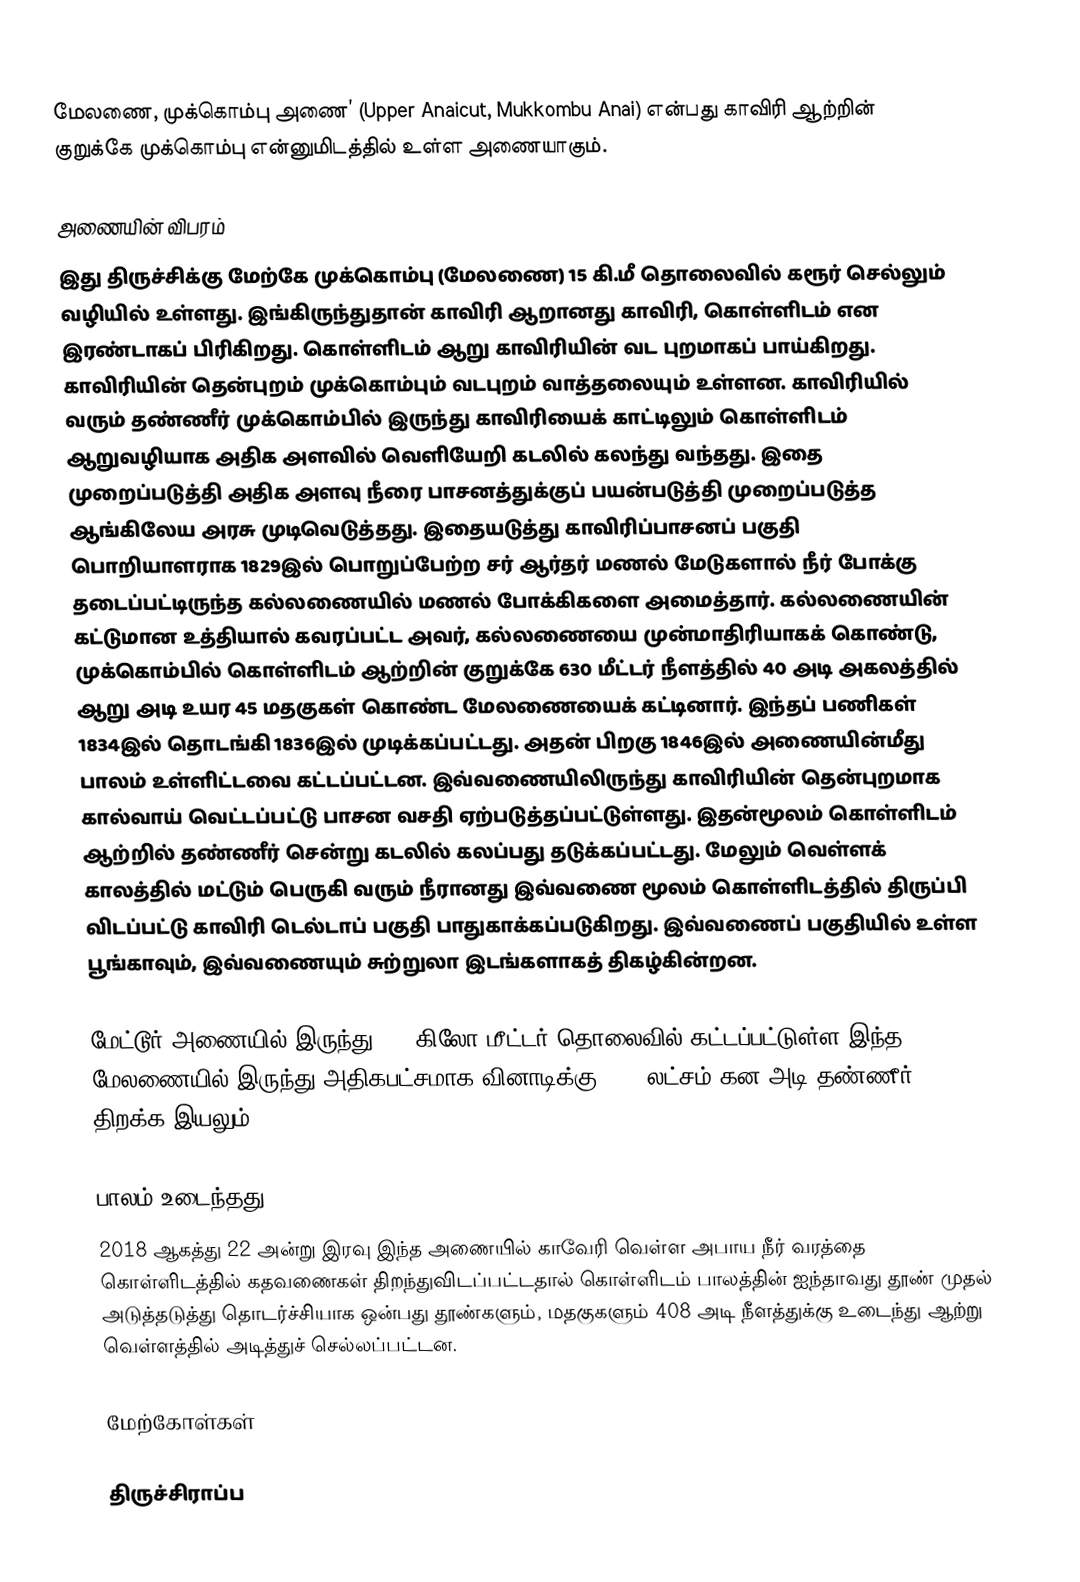
மேலணை, முக்கொம்பு அணை’ (Upper Anaicut, Mukkombu Anai) என்பது காவிரி ஆற்றின் குறுக்கே முக்கொம்பு என்னுமிடத்தில் உள்ள அணையாகும்.

அணையின் விபரம்
இது திருச்சிக்கு மேற்கே முக்கொம்பு (மேலணை) 15 கி.மீ தொலைவில் கரூர் செல்லும் வழியில் உள்ளது. இங்கிருந்துதான் காவிரி ஆறானது காவிரி, கொள்ளிடம் என இரண்டாகப் பிரிகிறது. கொள்ளிடம் ஆறு  காவிரியின் வட புறமாகப் பாய்கிறது. காவிரியின் தென்புறம் முக்கொம்பும் வடபுறம் வாத்தலையும் உள்ளன. காவிரியில் வரும் தண்ணீர் முக்கொம்பில் இருந்து காவிரியைக் காட்டிலும் கொள்ளிடம் ஆறுவழியாக அதிக அளவில் வெளியேறி கடலில் கலந்து வந்தது.  இதை முறைப்படுத்தி அதிக அளவு நீரை பாசனத்துக்குப் பயன்படுத்தி முறைப்படுத்த ஆங்கிலேய அரசு முடிவெடுத்தது. இதையடுத்து காவிரிப்பாசனப் பகுதி பொறியாளராக 1829இல் பொறுப்பேற்ற சர் ஆர்தர் மணல் மேடுகளால் நீர் போக்கு தடைப்பட்டிருந்த கல்லணையில் மணல் போக்கிகளை அமைத்தார். கல்லணையின் கட்டுமான உத்தியால் கவரப்பட்ட அவர், கல்லணையை முன்மாதிரியாகக் கொண்டு, முக்கொம்பில் கொள்ளிடம் ஆற்றின் குறுக்கே 630 மீட்டர் நீளத்தில் 40 அடி அகலத்தில் ஆறு அடி உயர 45 மதகுகள் கொண்ட மேலணையைக் கட்டினார். இந்தப் பணிகள் 1834இல் தொடங்கி 1836இல் முடிக்கப்பட்டது. அதன் பிறகு 1846இல் அணையின்மீது பாலம் உள்ளிட்டவை கட்டப்பட்டன. இவ்வணையிலிருந்து காவிரியின் தென்புறமாக கால்வாய் வெட்டப்பட்டு பாசன வசதி ஏற்படுத்தப்பட்டுள்ளது. இதன்மூலம் கொள்ளிடம் ஆற்றில் தண்ணீர் சென்று கடலில் கலப்பது தடுக்கப்பட்டது. மேலும் வெள்ளக் காலத்தில் மட்டும் பெருகி வரும் நீரானது  இவ்வணை மூலம் கொள்ளிடத்தில் திருப்பி விடப்பட்டு காவிரி டெல்டாப் பகுதி பாதுகாக்கப்படுகிறது. இவ்வணைப் பகுதியில் உள்ள பூங்காவும், இவ்வணையும் சுற்றுலா இடங்களாகத் திகழ்கின்றன.

மேட்டூர் அணையில் இருந்து 177 கிலோ மீட்டர் தொலைவில் கட்டப்பட்டுள்ள இந்த மேலணையில் இருந்து அதிகபட்சமாக வினாடிக்கு 2.70 லட்சம் கன அடி தண்ணீர் திறக்க இயலும்.

பாலம் உடைந்தது
2018 ஆகத்து 22 அன்று இரவு இந்த அணையில் காவேரி வெள்ள அபாய நீர் வரத்தை கொள்ளிடத்தில் கதவணைகள் திறந்துவிடப்பட்டதால் கொள்ளிடம் பாலத்தின் ஐந்தாவது தூண் முதல் அடுத்தடுத்து தொடர்ச்சியாக ஒன்பது தூண்களும், மதகுகளும் 408 அடி நீளத்துக்கு உடைந்து ஆற்று வெள்ளத்தில் அடித்துச் செல்லப்பட்டன.

மேற்கோள்கள்

திருச்சிராப்ப